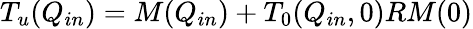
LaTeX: T_{u}(Q_{in})=M(Q_{in})+T_{0}(Q_{in},0)RM(0)